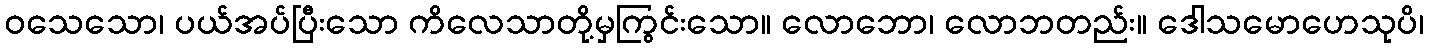
ဝသေသော၊ ပယ်အပ်ပြီးသော ကိလေသာတို့မှကြွင်းသော။ လောဘော၊ လောဘတည်း။ ဒေါသမောဟေသုပိ၊